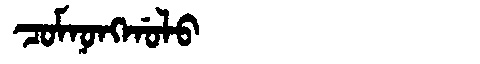
Manchu: ᠴᠣᠮᠨᠣᠩᡤᠣᠯᠣ
Romanization: COMNONGGOLO